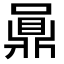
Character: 𪔅